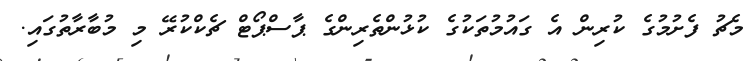
މެޗު ފެށުމުގެ ކުރިން އެ ގައުމުތަކުގެ ކުޅުންތެރިންގެ ޕާސްޕޯޓް ޗެކްކުރޭ މި މުބާރާތުގައި.